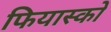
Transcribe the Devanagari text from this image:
फियास्को